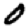
Digit: 0